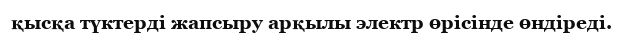
қысқа түктерді жапсыру арқылы электр өрісінде өндіреді.